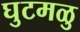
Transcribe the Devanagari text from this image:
घुटमळु